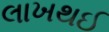
લાખથઈ